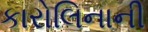
કારોલિનાની